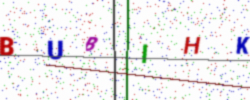
Text: BUBIHK